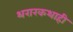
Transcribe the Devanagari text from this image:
थरारकथाही